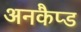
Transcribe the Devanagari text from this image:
अनकैप्ड